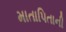
માતાપિતાની